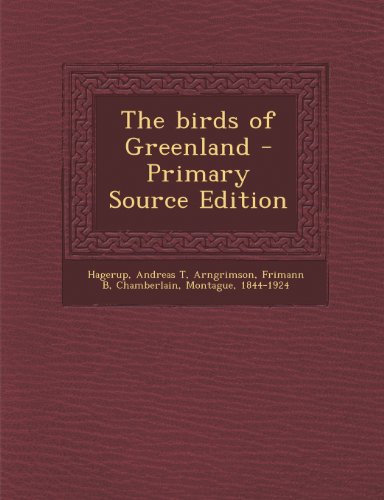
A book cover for The birds of Greenland - Primary Source Edition; Andreas T Hagerup; History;